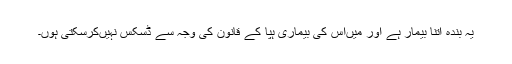
یہ بندہ اتنا بیمار ہے اور میں‌اس کی بیماری ہپا کے قانون کی وجہ سے ڈسکس نہیں‌کرسکتی ہوں۔